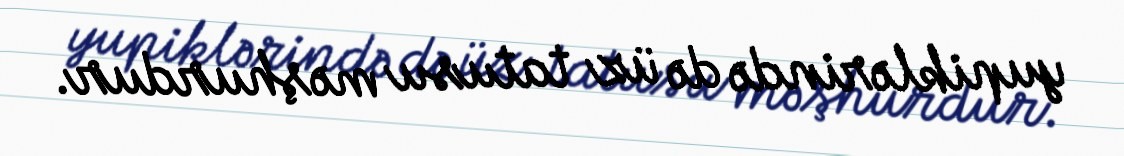
yupiklərində də üz tatusu məşhurdur.